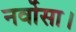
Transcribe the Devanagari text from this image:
नर्वोसा।